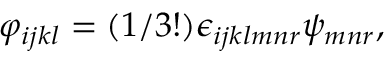
\varphi _ { i j k l } = ( 1 / 3 ! ) \epsilon _ { i j k l m n r } \psi _ { m n r } ,